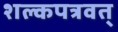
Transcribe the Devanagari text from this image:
शल्कपत्रवत्‌